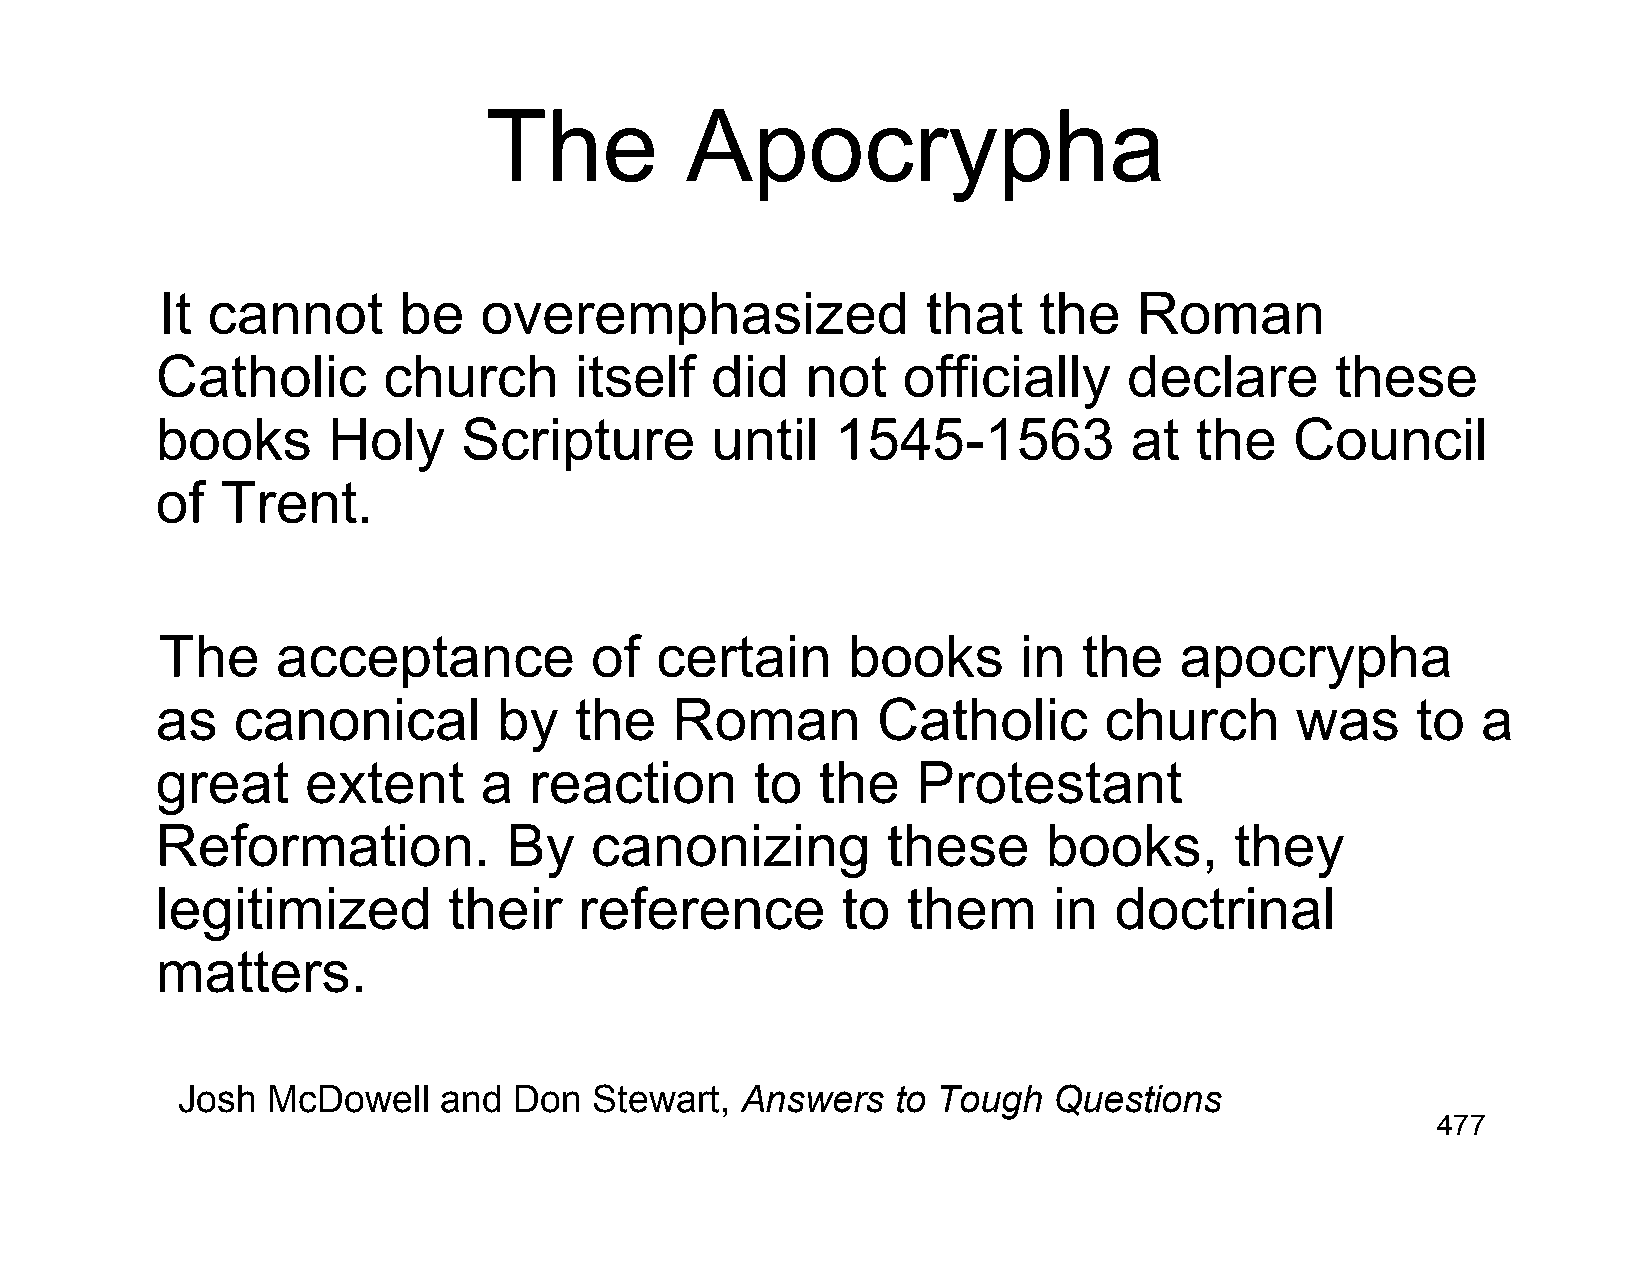
The          Apocrypha
 It cannot      be    overemphasized               that    the   Roman
 Catholic       church       itself   did   not    officially     declare      these
 books       Holy     Scripture       until   1545-1563           at  the    Council
 of   Trent.
 The    acceptance           of  certain      books       in  the   apocrypha
 as   canonical         by   the   Roman         Catholic       church       was     to  a
 great     extent      a  reaction       to  the    Protestant
 Reformation.            By   canonizing          these     books,       they
 legitimized         their   reference         to  them      in  doctrinal
 matters.
 Josh  McDowell   and  Don  Stewart,  Answers   to Tough   Questions
 477